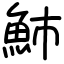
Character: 䰽